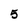
Character: 5